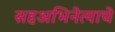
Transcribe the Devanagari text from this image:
सहअभिनेत्याचे